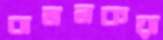
বামনকয়া